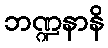
ဘဏ္ဍနာနိ